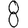
Digit: 8